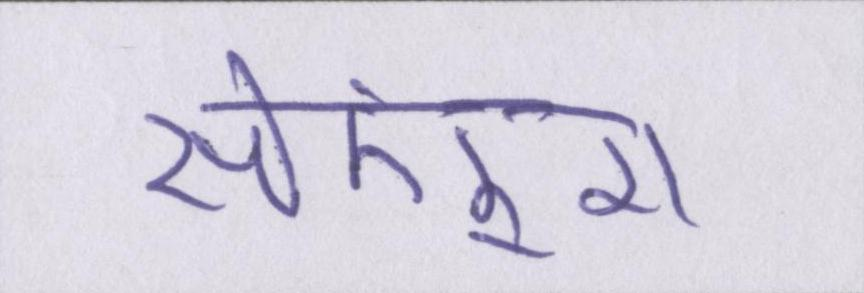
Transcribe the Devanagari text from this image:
सेकंड्स